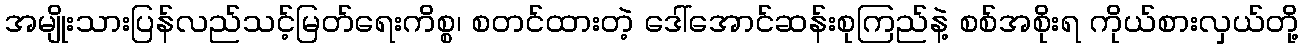
အမျိုးသားပြန်လည်သင့်မြတ်ရေးကိစ္စ၊ စတင်ထားတဲ့ ဒေါ်အောင်ဆန်းစုကြည်နဲ့ စစ်အစိုးရ ကိုယ်စားလှယ်တို့